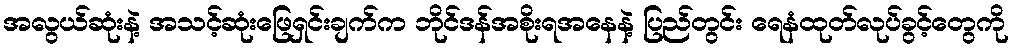
အလွယ်ဆုံးနဲ့ အသင့်ဆုံးဖြေရှင်းချက်က ဘိုင်ဒန်အစိုးရအနေနဲ့ ပြည်တွင်း ရေနံထုတ်လုပ်ခွင့်တွေကို